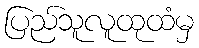
ပြည်သူလူထုထံမှ